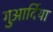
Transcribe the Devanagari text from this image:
गुआर्दिया